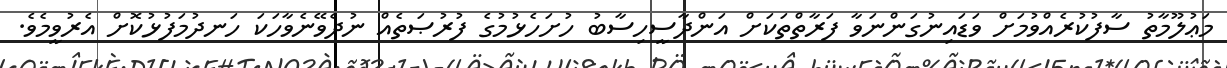
މަޢުލޫމާތު ސާފުކުރެއްވުމަށް ވަޑައިނުގަންނަވާ ފަރާތްތަކަށް އަންދާސީހިސާބު ހުށަހެޅުމުގެ ފުރުޞަތެއް ނުދެވޭނެވާހަކަ ހަނދުމަފުޅުކޮށް އެރުވީމެވެ.